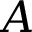
A